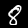
Label: 8